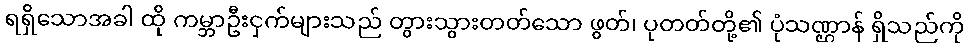
ရရှိသောအခါ ထို ကမ္ဘာဦးငှက်များသည် တွားသွားတတ်သော ဖွတ်၊ ပုတတ်တို့၏ ပုံသဏ္ဌာန် ရှိသည်ကို